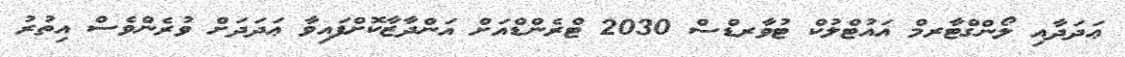
ޢަދަދާއި ލޯންގްޓާރމް އައުޓްލުކް ޓުވާރޑްސް 2030 ޓްރެންޑްއަށް އަންދާޒާކޮށްފައިވާ ޢަދަދަށް ވުރެންވެސް އިތުރު